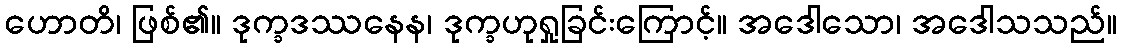
ဟောတိ၊ ဖြစ်၏။ ဒုက္ခဒဿနေန၊ ဒုက္ခဟုရှုခြင်းကြောင့်။ အဒေါသော၊ အဒေါသသည်။